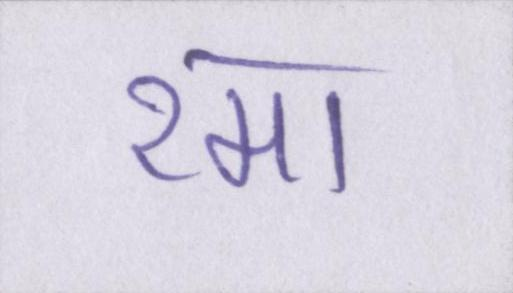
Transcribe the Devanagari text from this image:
रमा